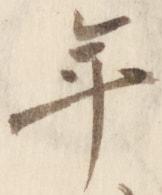
年